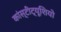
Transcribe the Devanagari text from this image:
कांस्टीट्यूशियो